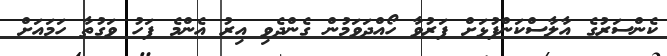
ކެންސަރުގެ އާލާސްކަންފުޅަށް ފަރުވާ ހޯއްދަވަމުން ގެންދެވި އިރު އެންމެ ފަހު ވަގުތާ ހަމައަށް